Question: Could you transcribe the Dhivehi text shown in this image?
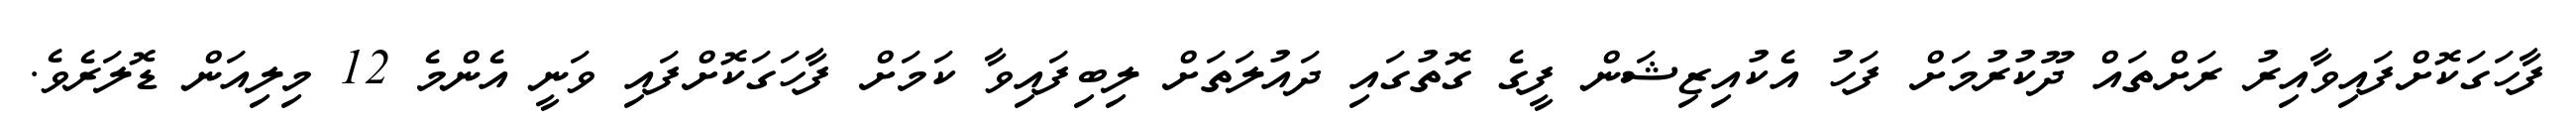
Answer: ފާހަގަކޮށްފައިވާއިރު ރަށްތައް ދޫކުރުމަށް ފަހު އެކުއިޒިޝަން ފީގެ ގޮތުގައި ދައުލަތަށް ލިބިފައިވާ ކަމަށް ފާހަގަކޮށްފައި ވަނީ އެންމެ 12 މިލިއަން ޑޮލަރެވެ.